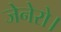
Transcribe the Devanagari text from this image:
जेनेरो।